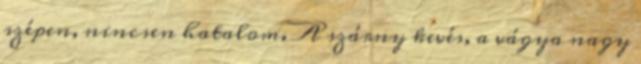
szépen, nincsen hatalom. A szárny kevés, a vágya nagy